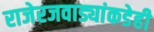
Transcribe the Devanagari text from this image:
राजेरजवाड्यांकडेही